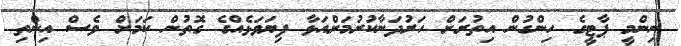
ނިންމީ ޕާޓީގެ ހިންގުން އިތުރަށް ހަރުދަނާކުރުމަށްއަޅާ ފިޔަވަޅެއްގެ ގޮތުން ކަމަށް ވެސް އިންތި